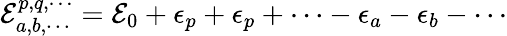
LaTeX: {\cal E}_{a,b,\cdots}^{p,q,\cdots}={\cal E}_{0}+\epsilon_{p}+\epsilon_{p}+\cdots-\epsilon_{a}-\epsilon_{b}-\cdots